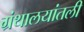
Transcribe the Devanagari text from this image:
ग्रंथालयांतली